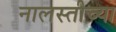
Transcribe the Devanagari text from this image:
नालस्तीच्या